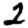
Digit: 2